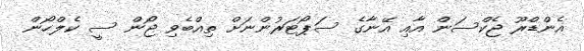
އެންޑްރޫ ޖެކްސަން އާއި އޭނާގެ ސަޕޯޓަރުންނަށް ތިއްބެވި ޖޯން ސީ ކެލްހޯން